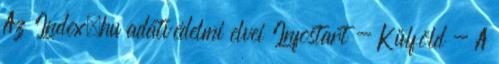
Az Index.hu adatvédelmi elvei Infostart - Külföld - A